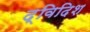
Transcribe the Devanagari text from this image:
द्विदिश